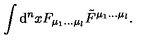
\int \mathrm { d } ^ { n } x F _ { \mu _ { 1 } \ldots \mu _ { l } } \tilde { F } ^ { \mu _ { 1 } \ldots \mu _ { l } } .